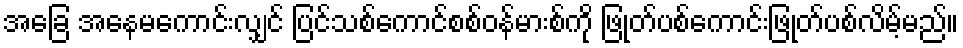
အခြေ အနေမကောင်းလျှင် ပြင်သစ်ကောင်စစ်ဝန်မားစ်ကို ဖြုတ်ပစ်ကောင်းဖြုတ်ပစ်လိမ့်မည်။